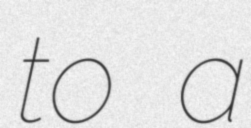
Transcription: to a